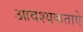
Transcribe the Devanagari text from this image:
आवश्यकताऐ